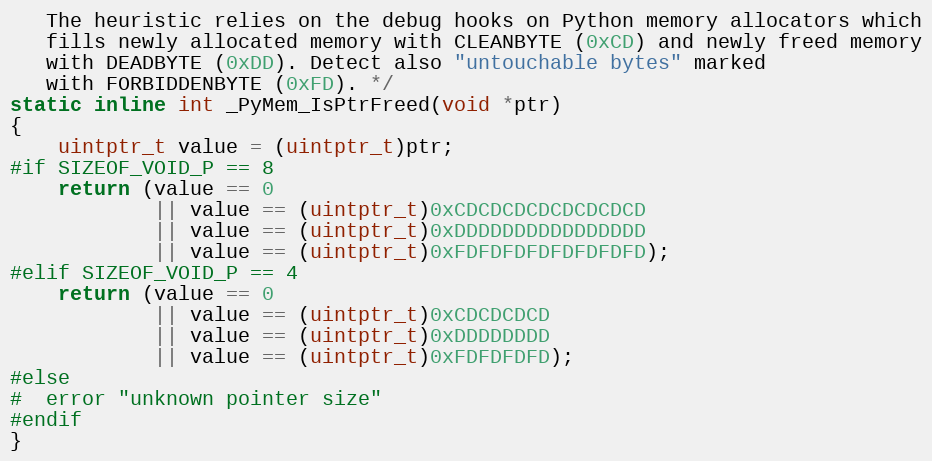
Language: C
   The heuristic relies on the debug hooks on Python memory allocators which
   fills newly allocated memory with CLEANBYTE (0xCD) and newly freed memory
   with DEADBYTE (0xDD). Detect also "untouchable bytes" marked
   with FORBIDDENBYTE (0xFD). */
static inline int _PyMem_IsPtrFreed(void *ptr)
{
    uintptr_t value = (uintptr_t)ptr;
#if SIZEOF_VOID_P == 8
    return (value == 0
            || value == (uintptr_t)0xCDCDCDCDCDCDCDCD
            || value == (uintptr_t)0xDDDDDDDDDDDDDDDD
            || value == (uintptr_t)0xFDFDFDFDFDFDFDFD);
#elif SIZEOF_VOID_P == 4
    return (value == 0
            || value == (uintptr_t)0xCDCDCDCD
            || value == (uintptr_t)0xDDDDDDDD
            || value == (uintptr_t)0xFDFDFDFD);
#else
#  error "unknown pointer size"
#endif
}